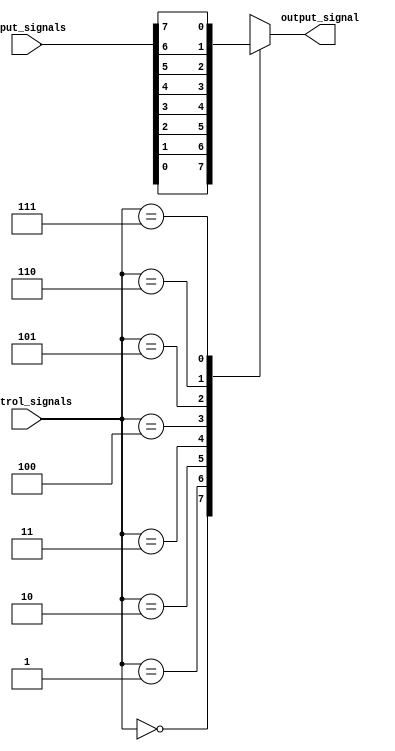
module mux_demux_buffer(
    input [7:0] input_signals,
    input [2:0] control_signals,
    output reg output_signal
);

always @(*) begin
    case(control_signals)
        3'b000: output_signal = input_signals[0];
        3'b001: output_signal = input_signals[1];
        3'b010: output_signal = input_signals[2];
        3'b011: output_signal = input_signals[3];
        3'b100: output_signal = input_signals[4];
        3'b101: output_signal = input_signals[5];
        3'b110: output_signal = input_signals[6];
        3'b111: output_signal = input_signals[7];
    endcase
end

endmodule